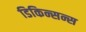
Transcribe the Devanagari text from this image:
डिकिन्सन्स